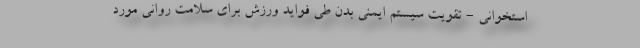
استخوانی - تقویت سیستم ایمنی بدن طی فواید ورزش برای سلامت روانی مورد